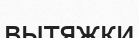
вытяжки